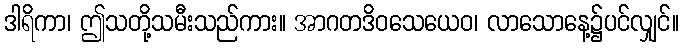
ဒါရိကာ၊ ဤသတို့သမီးသည်ကား။ အာဂတဒိဝသေယေဝ၊ လာသောနေ့၌ပင်လျှင်။